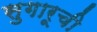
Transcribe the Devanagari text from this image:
सुगारूची